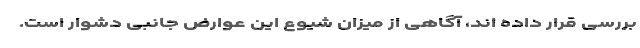
بررسی قرار داده اند، آگاهی از میزان شیوع این عوارض جانبی دشوار است.